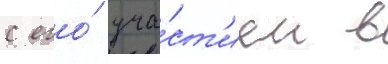
с его́ уча́ст'ием в